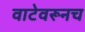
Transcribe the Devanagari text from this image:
वाटेवरूनच